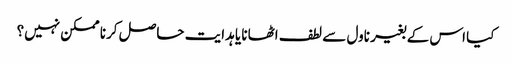
کیا اس کے بغیر ناول سے لطف اٹھانا یا ہدایت حاصل کرنا ممکن نہیں؟